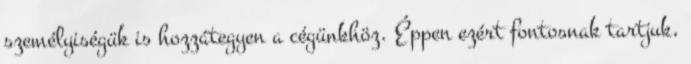
személyiségük is hozzátegyen a cégünkhöz. Éppen ezért fontosnak tartjuk,